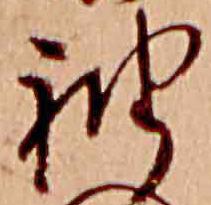
袖